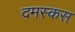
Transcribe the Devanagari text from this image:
दमस्कस